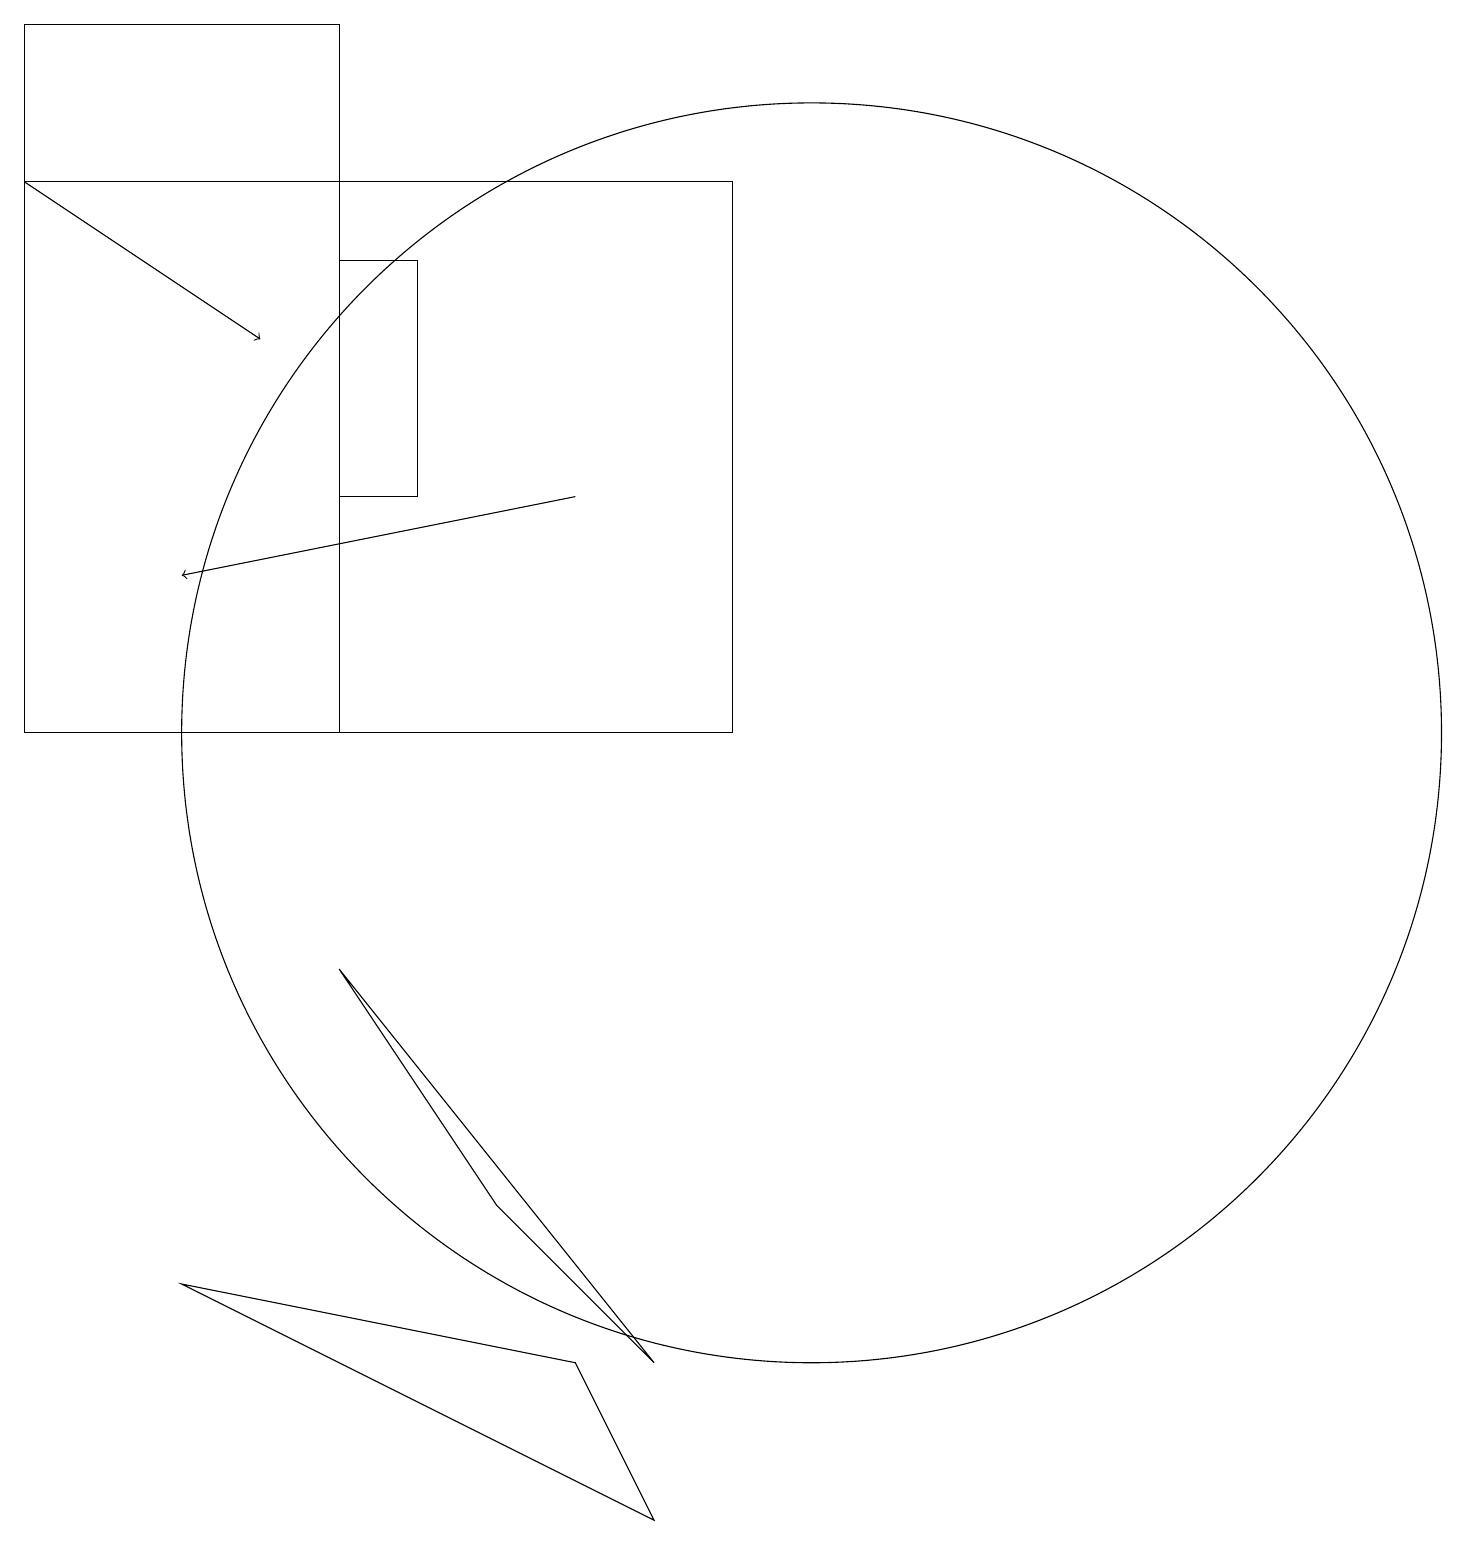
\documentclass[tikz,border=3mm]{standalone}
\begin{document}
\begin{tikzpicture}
\draw (10,10) circle (8);
\draw (5,16) rectangle (4,13);
\draw (6,4) -- (8,2) -- (4,7) -- cycle;
\draw (4,10) rectangle (0,19);
\draw[->] (0,17) -- (3,15);
\draw (0,17) rectangle (9,10);
\draw[->] (7,13) -- (2,12);
\draw (2,3) -- (7,2) -- (8,0) -- cycle;
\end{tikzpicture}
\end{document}